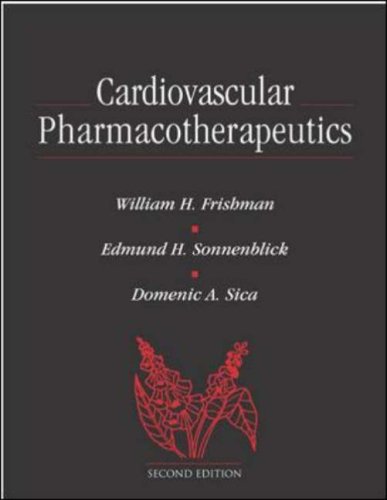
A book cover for Cardiovascular Pharmacotherapeutics (Current Medicine); WIlliam Frishman; Medical Books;